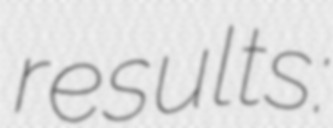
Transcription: results: